Vaccination in the Punjab 1905-1918 - 1905-1918
Year: 1905
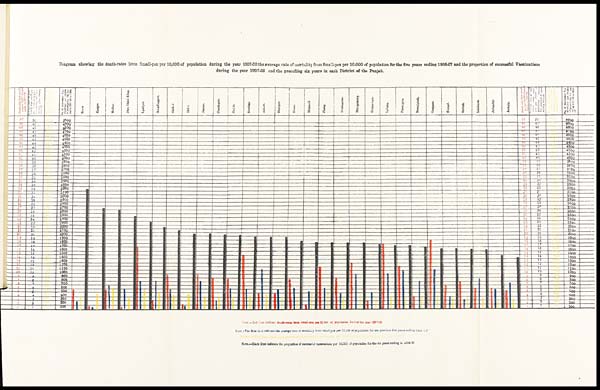
Diagram showing the death-rates from Small-pox per 10,000 of population during the year 1907-08 the average rate of mortality f r om Small-pox per 10,000 of population for the five years ending 1906-07 and the proportion of successful Vaccinations
during the year 1902-08 and the preceding six years in each District of the Punjab.